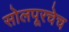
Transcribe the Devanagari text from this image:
सोलपूरचेच